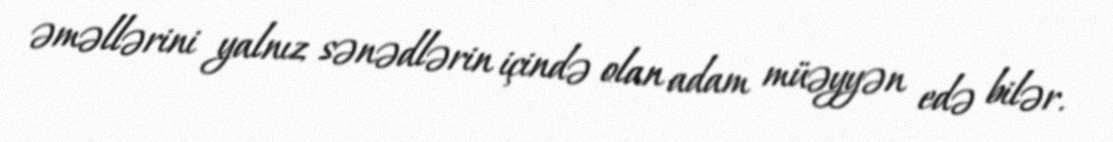
əməllərini yalnız sənədlərin içində olan adam müəyyən edə bilər.